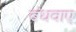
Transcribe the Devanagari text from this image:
बंधवाए